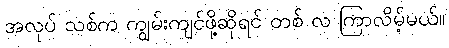
အလုပ် သစ်က ကျွမ်းကျင်ဖို့ဆိုရင် တစ် လ ကြာလိမ့်မယ်။